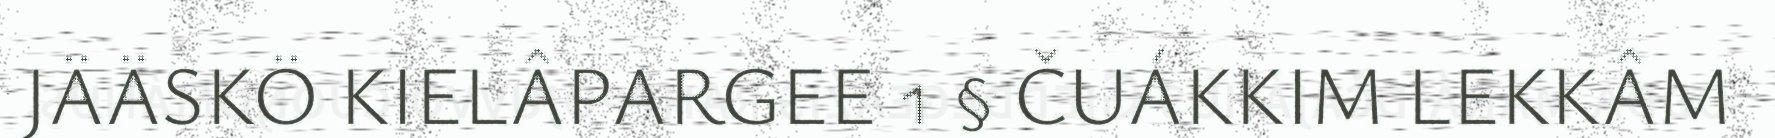
JÄÄSKÖ KIELÂPARGEE 1 § ČUÁKKIM LEKKÂM